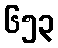
၆၅၃